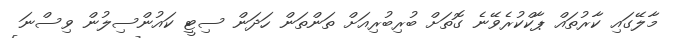
މާލޭގައި ކާރުތައް ޕާކްކުރެވޭނެ ގޮތަށް ބުރިބުރިއަށް ތަންތަން ހަދަން ސިޓީ ކައުންސިލުން ވިސްނަ